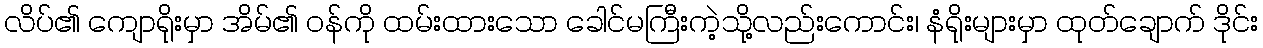
လိပ်၏ ကျောရိုးမှာ အိမ်၏ ဝန်ကို ထမ်းထားသော ခေါင်မကြီးကဲ့သို့လည်းကောင်း၊ နံရိုးများမှာ ထုတ်ချောက် ဒိုင်း